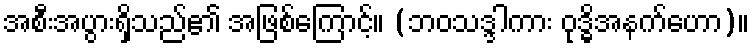
အစီးအပွားရှိသည်၏ အဖြစ်ကြောင့်။ (ဘဝသဒ္ဒါကား ဝုဒ္ဓိအနက်ဟော)။